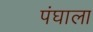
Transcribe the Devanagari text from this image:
पंघाला